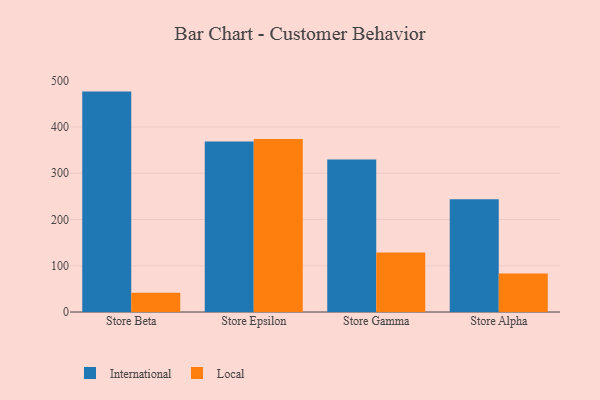
{"axis": {"x": "Store", "y": "Latency (ms)"}, "legend": ["International", "Local"], "data": [{"x": "Store Beta", "y": 476.5, "type": "International"}, {"x": "Store Beta", "y": 41.4, "type": "Local"}, {"x": "Store Epsilon", "y": 368.4, "type": "International"}, {"x": "Store Epsilon", "y": 373.8, "type": "Local"}, {"x": "Store Gamma", "y": 329.5, "type": "International"}, {"x": "Store Gamma", "y": 128.6, "type": "Local"}, {"x": "Store Alpha", "y": 243.7, "type": "International"}, {"x": "Store Alpha", "y": 83.2, "type": "Local"}]}